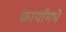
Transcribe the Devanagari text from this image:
कार्यांमधे